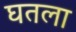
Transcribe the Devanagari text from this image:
घतला